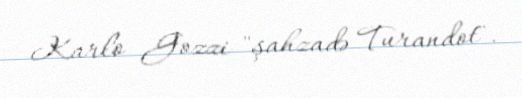
Karlo Gozzi "şahzadə Turandot".